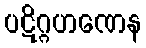
ပဋိဂ္ဂဟဏေန